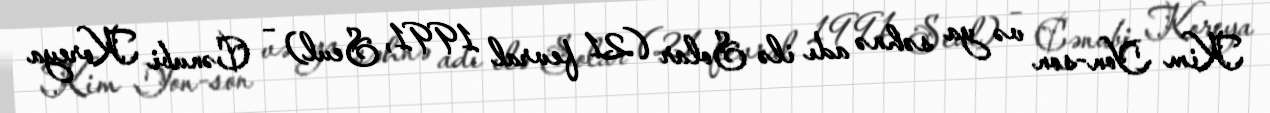
Kim Yon-son və ya səhnə adı ilə Solar (21 fevral 1991, Seul) – Cənubi Koreya